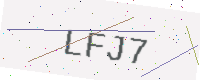
Text: LFJ7